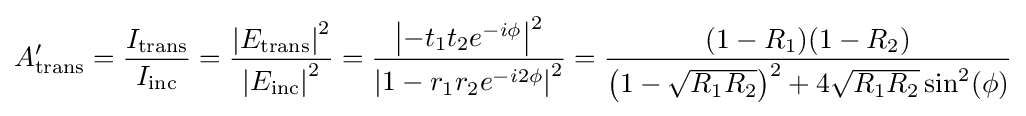
A_{\text{trans}}^{\prime }={\frac {I_{\text{trans}}}{I_{\text{inc}}}}={\frac {\left|E_{\text{trans}}\right|^{2}}{\left|E_{\text{inc}}\right|^{2}}}={\frac {\left|-t_{1}t_{2}e^{-i\phi }\right|^{2}}{\left|1-r_{1}r_{2}e^{-i2\phi }\right|^{2}}}={\frac {(1-R_{1})(1-R_{2})}{\left({1-{\sqrt {R_{1}R_{2}}}}\right)^{2}+4{\sqrt {R_{1}R_{2}}}\sin ^{2}(\phi )}}